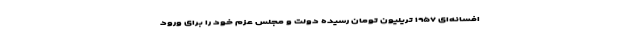
افسانه‌ای ۱۹۵۷ تریلیون تومان رسیده دولت و مجلس عزم خود را برای ورود